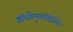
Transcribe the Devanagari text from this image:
डीसेल्यूलराइजेशन